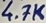
Text: 4.7K